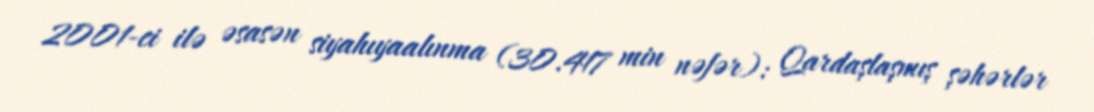
2001-ci ilə əsasən siyahıyaalınma (30.417 min nəfər): Qardaşlaşmış şəhərlər